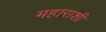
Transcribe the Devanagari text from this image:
महाराशी